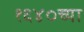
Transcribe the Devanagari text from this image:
१६४०च्या